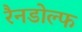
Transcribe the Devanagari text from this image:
रैनडोल्फ